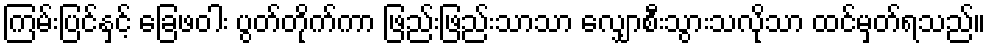
ကြမ်းပြင်နှင့် ခြေဖဝါး ပွတ်တိုက်ကာ ဖြည်းဖြည်းသာသာ လျှောစီးသွားသလိုသာ ထင်မှတ်ရသည်။